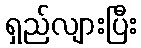
ရှည်လျားပြီး